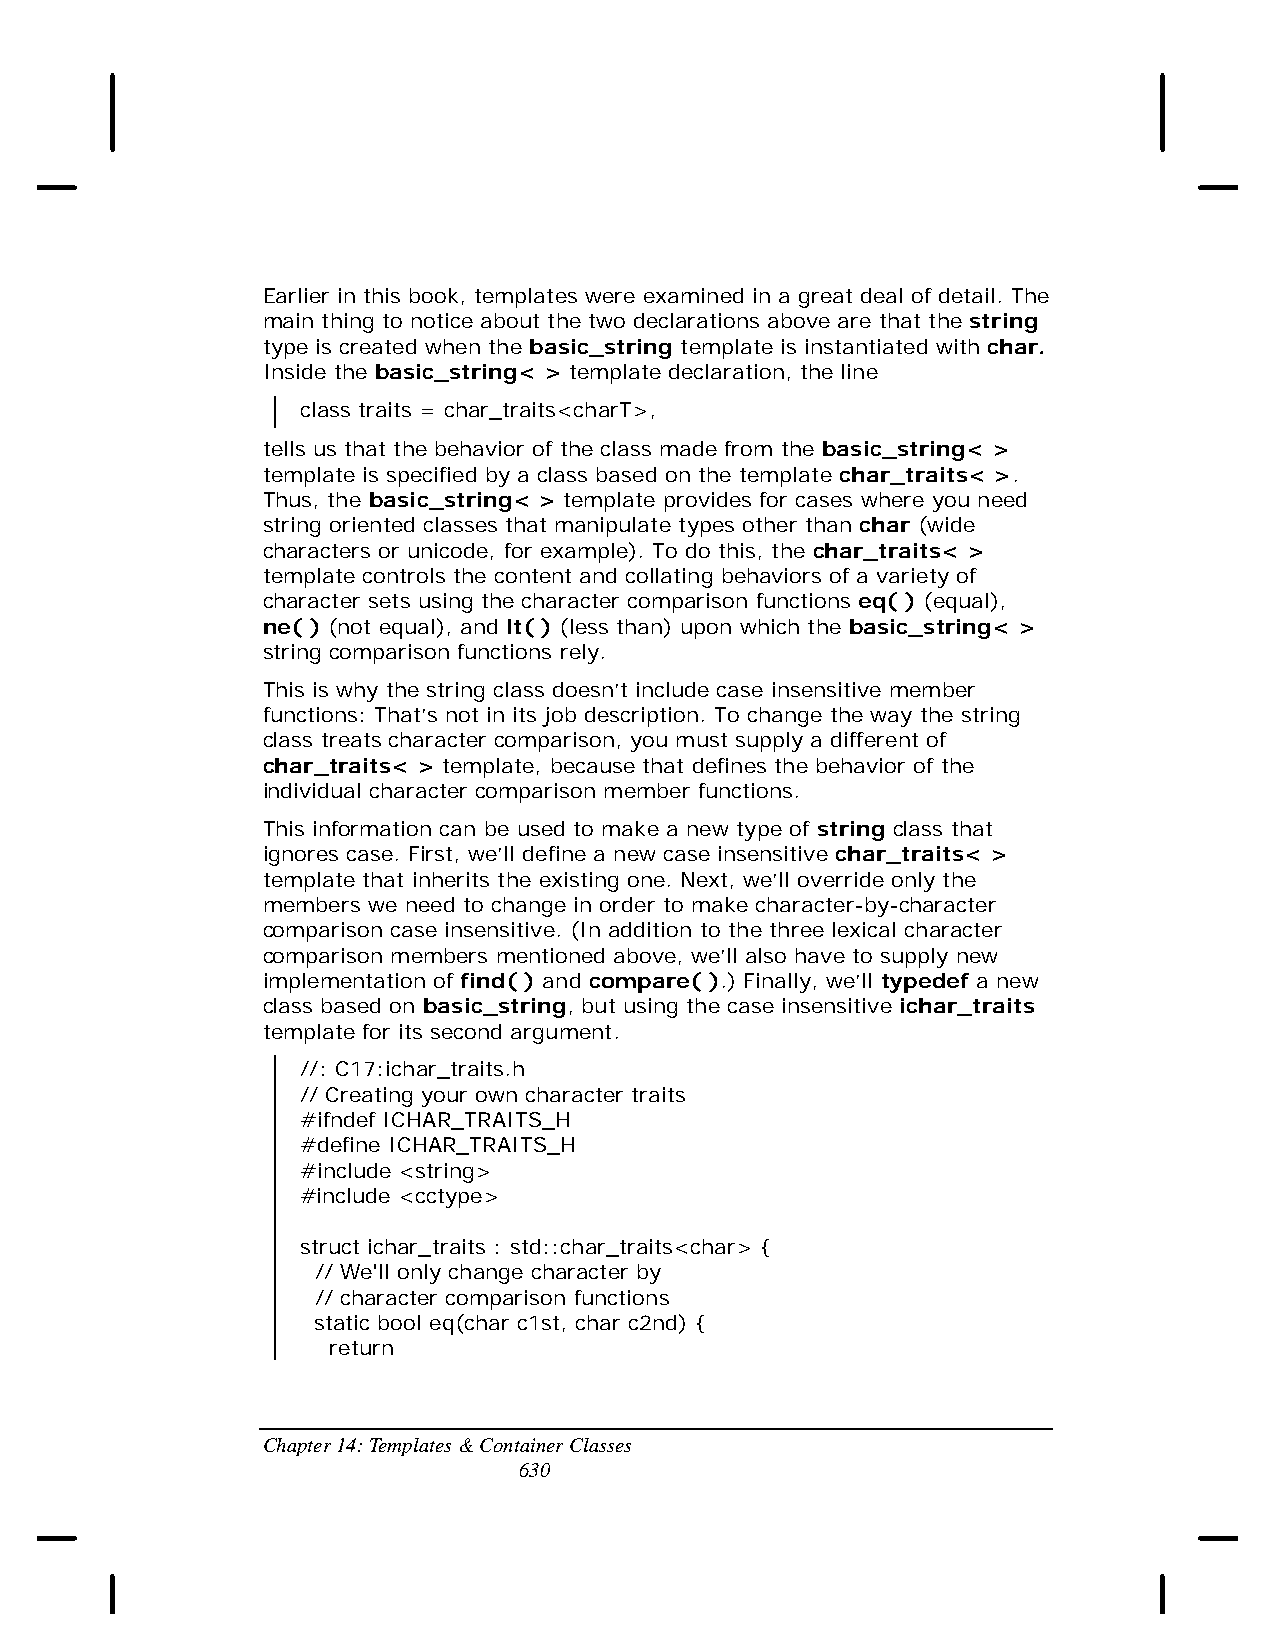
Earlier in this book, templates were examined in a great deal of detail. The
 main thing to notice about the two declarations above are that the string
 type is created when the basic_string template is instantiated with char.
 Inside the basic_string< > template declaration, the line
 class traits = char_traits<charT>,
 tells us that the behavior of the class made from the basic_string< >
 template is specified by a class based on the template char_traits< >.
 Thus, the basic_string< > template provides for cases where you need
 string oriented classes that manipulate types other than char (wide
 characters or unicode, for example). To do this, the char_traits< >
 template controls the content and collating behaviors of a variety of
 character sets using the character comparison functions eq( ) (equal),
 ne( ) (not equal), and lt( ) (less than) upon which the basic_string< >
 string comparison functions rely.
 This is why the string class doesn’t include case insensitive member
 functions: That’s not in its job description. To change the way the string
 class treats character comparison, you must supply a different of
 char_traits< > template, because that defines the behavior of the
 individual character comparison member functions.
 This information can be used to make a new type of string class that
 ignores case. First, we’ll define a new case insensitive char_traits< >
 template that inherits the existing one. Next, we’ll override only the
 members we need to change in order to make character-by-character
 comparison case insensitive. (In addition to the three lexical character
 comparison members mentioned above, we’ll also have to supply new
 implementation of find( ) and compare( ).) Finally, we’ll typedef a new
 class based on basic_string, but using the case insensitive ichar_traits
 template for its second argument.
 //: C17:ichar_traits.h
 // Creating your own character traits
 #ifndef ICHAR_TRAITS_H
 #define ICHAR_TRAITS_H
 #include <string>
 #include <cctype>
 struct ichar_traits : std::char_traits<char> {
 // We'll only change character by
 // character comparison functions
 static bool eq(char c1st, char c2nd) {
 return
 Chapter 14: Templates & Container Classes
 630